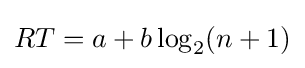
RT=a+b\log _{2}(n+1)